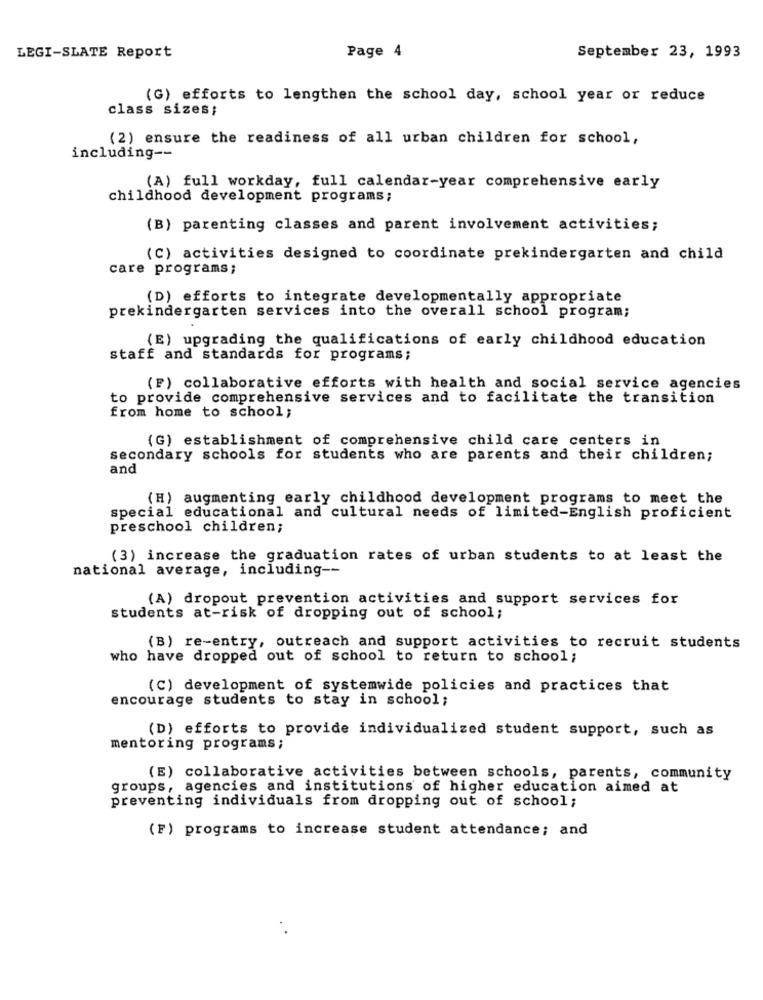
LEGI-SLATE Report
Page 4
September 23, 1993
(G) efforts to lengthen the school day, school year or reduce
class sizes;
(2) ensure the readiness of all urban children for school,
including --
(A) full workday, full calendar-year comprehensive early
childhood development programs;
(B) parenting classes and parent involvement activities;
(C) activities designed to coordinate prekindergarten and child
care programs;
(D) efforts to integrate developmentally appropriate
prekindergarten services into the overall school program;
(E) upgrading the qualifications of early childhood education
staff and standards for programs;
(F) collaborative efforts with health and social service agencies
to provide comprehensive services and to facilitate the transition
from home to school;
(G) establishment of comprehensive child care centers in
secondary schools for students who are parents and their children;
and
(H) augmenting early childhood development programs to meet the
special educational and cultural needs of limited-English proficient
preschool children;
(3) increase the graduation rates of urban students to at least the
national average, including --
(A) dropout prevention activities and support services for
students at-risk of dropping out of school;
(B) re-entry, outreach and support activities to recruit students
who have dropped out of school to return to school;
(C) development of systemwide policies and practices that
encourage students to stay in school;
(D) efforts to provide individualized student support, such as
mentoring programs;
(E) collaborative activities between schools, parents, community
groups, agencies and institutions of higher education aimed at
preventing individuals from dropping out of school;
(F) programs to increase student attendance; and
. .